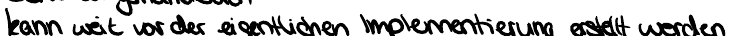
kann weit vor der eigentlichen Implementierung erstellt werden